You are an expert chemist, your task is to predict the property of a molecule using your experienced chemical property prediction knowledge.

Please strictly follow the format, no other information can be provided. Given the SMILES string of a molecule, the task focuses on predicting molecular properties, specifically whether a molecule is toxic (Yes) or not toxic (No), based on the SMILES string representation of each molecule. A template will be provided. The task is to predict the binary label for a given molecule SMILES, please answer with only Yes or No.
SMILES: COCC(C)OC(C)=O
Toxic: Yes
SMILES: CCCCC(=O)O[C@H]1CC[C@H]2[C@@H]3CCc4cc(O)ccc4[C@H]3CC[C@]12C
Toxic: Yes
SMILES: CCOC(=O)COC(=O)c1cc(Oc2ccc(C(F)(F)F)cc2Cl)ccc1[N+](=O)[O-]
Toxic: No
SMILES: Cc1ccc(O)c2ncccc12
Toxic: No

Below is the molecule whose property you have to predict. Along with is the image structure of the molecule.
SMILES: CNC(=O)N(c1ccccc1)c1ccccc1
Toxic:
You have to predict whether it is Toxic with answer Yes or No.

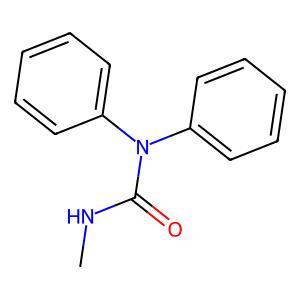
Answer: No